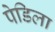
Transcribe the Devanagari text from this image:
पेडिला